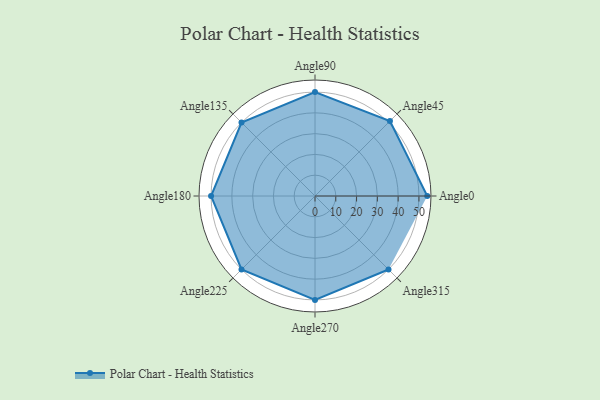
{"axis": {"x": "Angle", "y": "Radius"}, "legend": [""], "data": [{"x": "Angle0", "y": 54.0, "type": ""}, {"x": "Angle45", "y": 51.0, "type": ""}, {"x": "Angle90", "y": 50, "type": ""}, {"x": "Angle135", "y": 50, "type": ""}, {"x": "Angle180", "y": 50, "type": ""}, {"x": "Angle225", "y": 50, "type": ""}, {"x": "Angle270", "y": 50, "type": ""}, {"x": "Angle315", "y": 50, "type": ""}]}